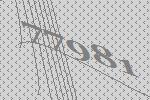
77981